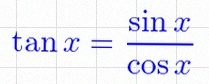
\tan x=\frac{\sin x}{\cos x}